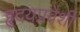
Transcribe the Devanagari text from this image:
हृदयप्रवेशी